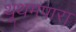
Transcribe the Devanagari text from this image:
थूथमपारा